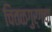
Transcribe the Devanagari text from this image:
चितळगुर्गचा